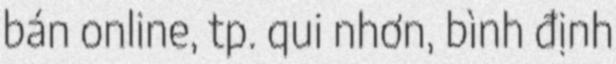
bán online, tp. qui nhơn, bình định